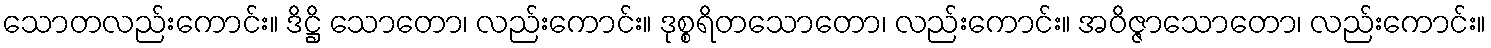
သောတလည်းကောင်း။ ဒိဋ္ဌိ သောတော၊ လည်းကောင်း။ ဒုစ္စရိတသောတော၊ လည်းကောင်း။ အဝိဇ္ဇာသောတော၊ လည်းကောင်း။